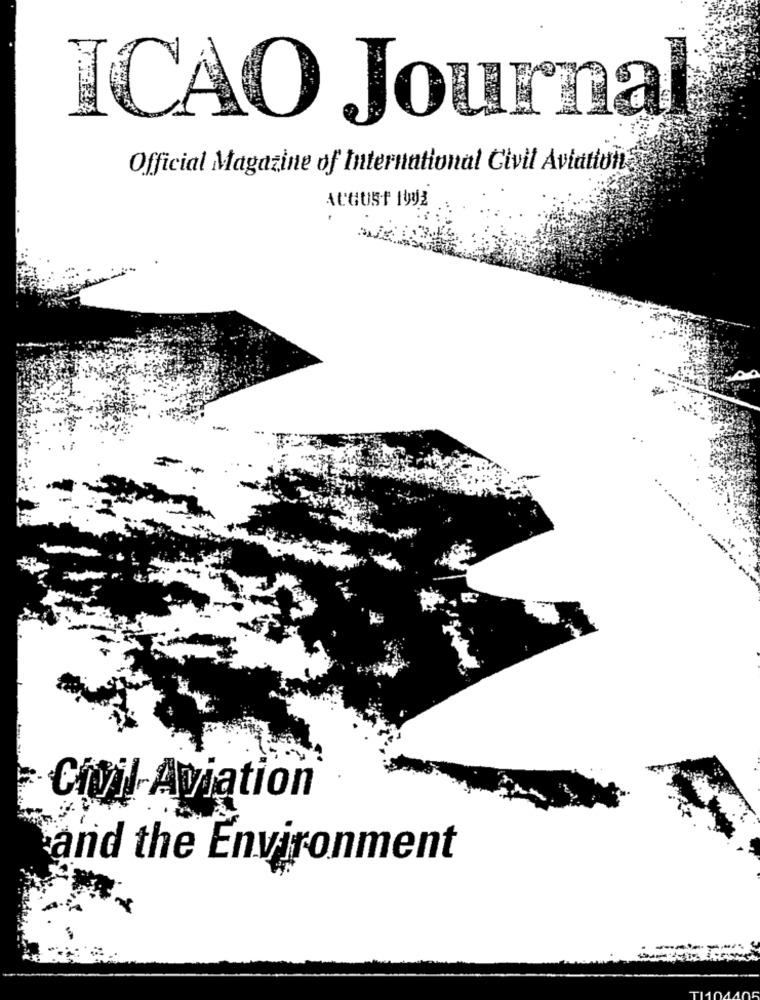
ICAO Journal
Official Magazine of International Civil Aviation
AUGUST 1992
Civil Aviation
and the Environment